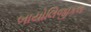
બાયોલિજીકલ